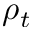
\rho _ { t }